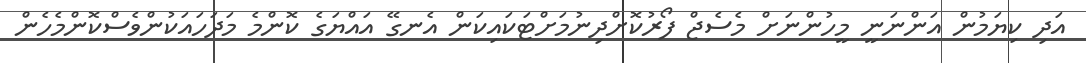
އަދި ކިޔަމުން އަންނަނީ މީހުންނަށް މެސެޖް ފޯރުކޮށްދިނުމަށްޓަކައިކަން އެނގޭ އައްޔަގެ ކޮންމެ މަދަހައަކުންވެސްކޮންމެހެން